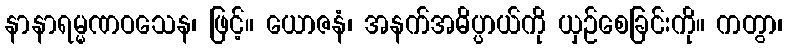
နာနာရမ္မဏဝသေန၊ ဖြင့်။ ယောဇနံ၊ အနက်အဓိပ္ပာယ်ကို ယှဉ်စေခြင်းကို။ ကတွာ၊